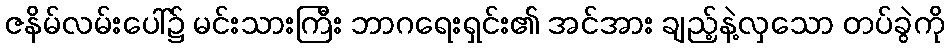
ဇနိမ်လမ်းပေါ်၌ မင်းသားကြီး ဘာဂရေးရှင်း၏ အင်အား ချည့်နဲ့လှသော တပ်ခွဲကို